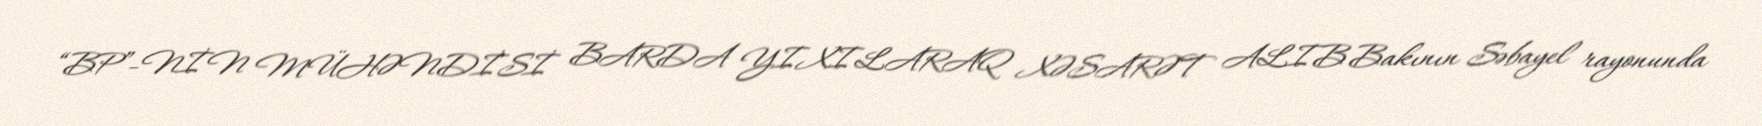
“BP”-NİN MÜHƏNDİSİ BARDA YIXILARAQ XƏSARƏT ALIB Bakının Səbayel rayonunda